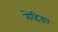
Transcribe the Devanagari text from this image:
रोहिङा